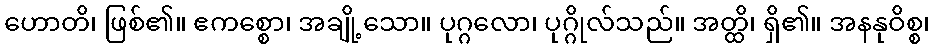
ဟောတိ၊ ဖြစ်၏။ ဧကစ္စော၊ အချို့သော။ ပုဂ္ဂလော၊ ပုဂ္ဂိုလ်သည်။ အတ္ထိ၊ ရှိ၏။ အနနုဝိစ္စ၊